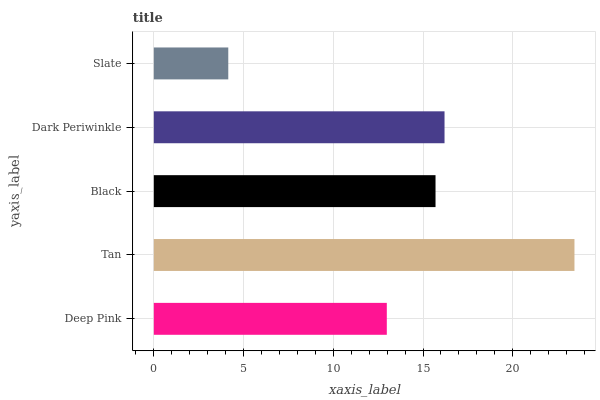
| yaxis_label | bars |
 | --- | --- |
 | Deep Pink | 13 |
 | Tan | 23.4 |
 | Black | 15.7 |
 | Dark Periwinkle | 16.2 |
 | Slate | 4.15 |